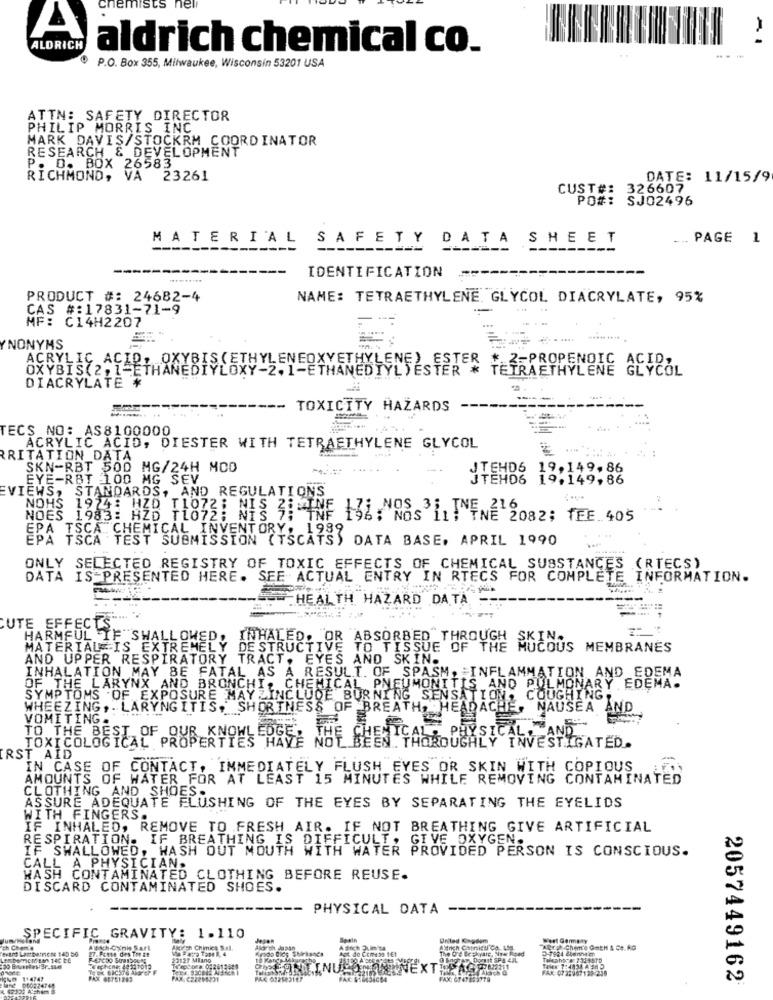
chemists nel
-1
ALDRICH
aldrich chemical co.
P.O. Box 355, Milwaukee, Wisconsin 53201 USA
ATTN: SAFETY DIRECTOR
PHILIP MORRIS INC
MARK DAVIS/STOCKRM COORDINATOR
RESEARCH & DEVELOPMENT
P. D. BOX 26583
RICHMOND, VA
23261
DATE: 11/15/9
CUST#: 326607
PO#: SJ02496
MATERIAL
SAFETY DATA SHEET
.... PAGE 1
-----
IDENTIFICATION
PRODUCT #: 24682-4
NAME: TETRAETHYLENE GLYCOL DIACRYLATE, 95%
CAS #:17831-71-9
-
MF: C14H2207
.....
YNONYMS
ACRYLIC ACID, OXYBIS(ETHYLENEOXYETHYLENE) ESTER * 2-PROPENOIC ACID,
OXYBIS(2, 1-ETHANEDIYLOXY-2,1-ETHANEDTYL)ESTER * TETRAETHYLENE GLYCOL
DIACRYLATE *
TOXICITY HAZARDS
TECS NO: AS8100000
ACRYLIC ACID, DIESTER WITH TETRAETHYLENE GLYCOL
RRITATION DATA
SKN-RBT 500 MG/24H MOD
.....
JTEHD6 19,149.86
EYE-RBT 100 MG SEV
JTEH06 19,149,86
EVIEWS, STANDARDS, AND REGULATIONS
NOHS
NOES 1983: HZD T1072: NIS 2:"
S 1983: HZD T1072; NIS 7; INF 196; NOS 11; TNE 2082; TEE.405
CHEMICAL INVENTORY: 1989
EPA TSCA TEST SUBMISSION (TSCATS) DATA BASE, APRIL 1990
EPA TSCA CHE
ONLY SELECTED REGISTRY OF TOXIC EFFECTS OF CHEMICAL SUBSTANCES (RTECS)
DATA IS-PRESENTED HERE. SEE ACTUAL ENTRY IN RTECS FOR COMPLETE INFORMATION.
HEALTH HAZARD DATA
CUTE EFFECTS"""
HARMFUL IF SWALLOWED, INHALED. "OR ABSORBED THROUGH MYCOUS MEMBRANES
MATERIAL IS EXTREMELY DESTRUCTIVE TO TISSUE OF THE
AND UPPER RESPIRATORY TRACT, EYES AND SKIN.
INHALATION MAY BE FATAL AS A RESULT. OF _SPASM, INFLAMMATION AND EDEMA
OF THE LARYNX AND BRONCHI, CHEMICAL PNEUMONITIS AND PULMONARY EDEMA.
SYMPTOMS OF EXPOSURE MAYZINCLUDE BURNING SENSATION, COUGHING.
WHEEZING, . LARYNGITIS, SHORTNESS OF BREATH, HEADACHE, NAUSEA AND
VOMITING.
YSICAL,
TO THE BE
TOXICOLOGICAL PROPERTIES HAVE NOT BEEN THOROUGHLY INVESTIGATED.
RST AID
-
IN CASE OF CONTACT, IMMEDIATELY FLUSH EYES OR SKIN WITH COPIOUS
AMOUNTS OF WATER FOR AT LEAST 15 MINUTES WHILE REMOVING CONTAMINATED
ASSURE ADEQUATE FLUSHING OF THE EYES BY SEPARATING THE EYELIDS
CLOTHING AND SHOES.
WITH FINGERS.
IF INHALED, REMOVE TO FRESH AIR. IF NOT BREATHING GIVE ARTIFICIAL
RESPIRATION. IF BREATHING IS DIFFICULT. GIVE OXYGEN.
IF SWALLOWED, WASH OUT MOUTH WITH WATER PROVIDED PERSON IS CONSCIOUS.
CALL A PHYSICIAN.
WASH CONTAMINATED CLOTHING BEFORE REUSE.
DISCARD CONTAMINATED SHOES.
PHYSICAL DATA
SPECIFIC GRAVITY: 1-110
United Cmpdem
ch Chem'e
27. Fonte des Tre &#
Atisch dinh Sart
Alorsh Chimica S.al.
Aldor ph Japan
Korodo Bids SMrkanes
AStch Zum t
Agt do Comess tEt
Aldrich Chtnieul Co Los
20127 MIano
10 Kanca Mi
Aldch &
FAX: 0732967139-258
PAX: CZ2218431
FAK $19434684
FAX: 07 47 68 3779
2057449162